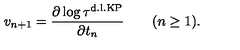
v _ { n + 1 } = \frac { \partial \log { \tau ^ { \mathrm { d . l . K P } } } } { \partial t _ { n } } \qquad ( n \geq 1 ) .